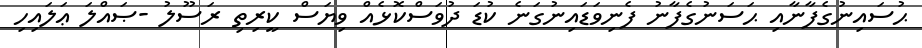
ޙުސައިނުގެފާނާއި ޙަސަނުގެފާނު ފެނިވަޑައިނުގަނެ ކުޑަ ދުވަސްކޮޅެއް ވިޔަސް ކީރިތި ރަސޫލު -ޞައްލަ ޢަލައިހި